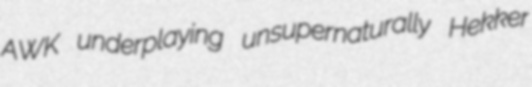
AWK underplaying unsupernaturally Hekker